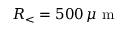
R _ { < } = 5 0 0 \, \mu \mathrm { ~ m ~ }